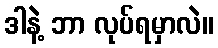
ဒါနဲ့ ဘာ လုပ်ရမှာလဲ။